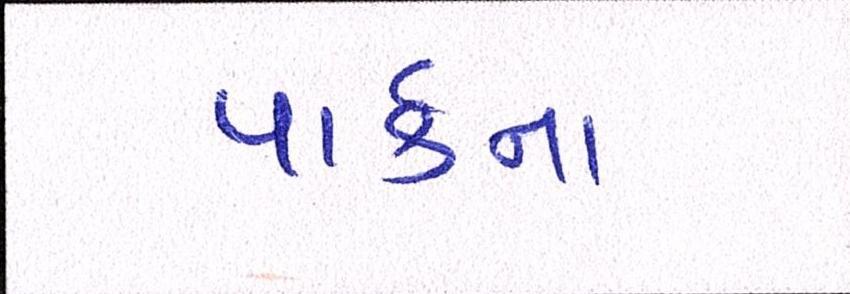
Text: પાર્કના